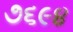
૭૬૯૪